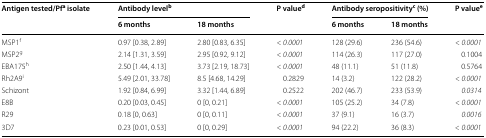
| <ROWSPAN=2> Antigen tested/Pfa isolate | <COLSPAN=2> Antibody levelb | <ROWSPAN=2> P valued | <COLSPAN=2> Antibody seropositivityc (%) | <ROWSPAN=2> P valuee |
 | 6 months | 18 months | 6 months | 18 months |
 | --- | --- | --- | --- | --- | --- | --- |
 | MSP1f | 0.97 [0.38, 2.89] | 2.80 [0.83, 6.35] | < 0.0001 | 128 (29.6) | 236 (54.6) | < 0.0001 |
 | MSP2g | 2.14 [1.31, 3.59] | 2.95 [0.92, 9.12] | < 0.0001 | 114 (26.3) | 117 (27.0) | 0.1004 |
 | EBA175h | 2.50 [1.44, 4.13] | 3.73 [2.19, 18.73] | < 0.0001 | 48 (11.1) | 51 (11.8) | 0.5764 |
 | Rh2A9i | 5.49 [2.01, 33.78] | 8.5 [4.68, 14.29] | 0.2829 | 14 (3.2) | 122 (28.2) | < 0.0001 |
 | Schizont | 1.92 [0.84, 6.99] | 3.32 [1.44, 6.89] | 0.2522 | 202 (46.7) | 233 (53.9) | 0.0314 |
 | E8B | 0.20 [0.03, 0.45] | 0 [0, 0.21] | < 0.0001 | 105 (25.2) | 34 (7.8) | < 0.0001 |
 | R29 | 0.18 [0, 0.63] | 0 [0, 0.11] | < 0.0001 | 37 (9.1) | 16 (3.7) | 0.0016 |
 | 3D7 | 0.23 [0.01, 0.53] | 0 [0, 0.29] | < 0.0001 | 94 (22.2) | 36 (8.3) | < 0.0001 |